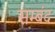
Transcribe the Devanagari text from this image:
सम्बंद